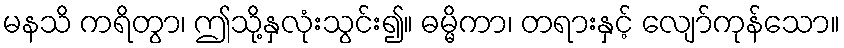
မနသိ ကရိတွာ၊ ဤသို့နှလုံးသွင်း၍။ ဓမ္မိကာ၊ တရားနှင့် လျော်ကုန်သော။